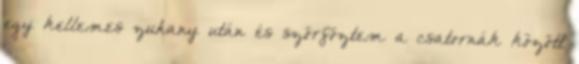
egy kellemes zuhany után és szörföztem a csatornák között